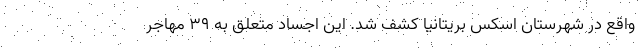
واقع در شهرستان اسکس بریتانیا کشف شد. این اجساد متعلق به ۳۹ مهاجر